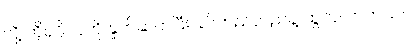
လို့ ဟိုပုဂ္ဂိုလ်ကို နှုတ်ဆက်ပြီး ခပ်တည်တည်နဲ့ ထွက်လာတယ်။